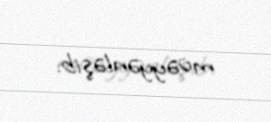
müəyyənləşib.